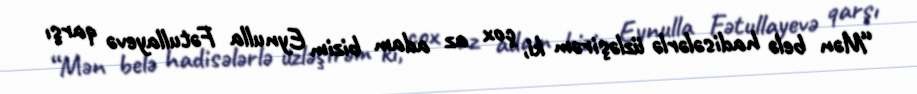
“Mən belə hadisələrlə üzləşirəm ki, çox az adam bizim Eynulla Fətullayevə qarşı